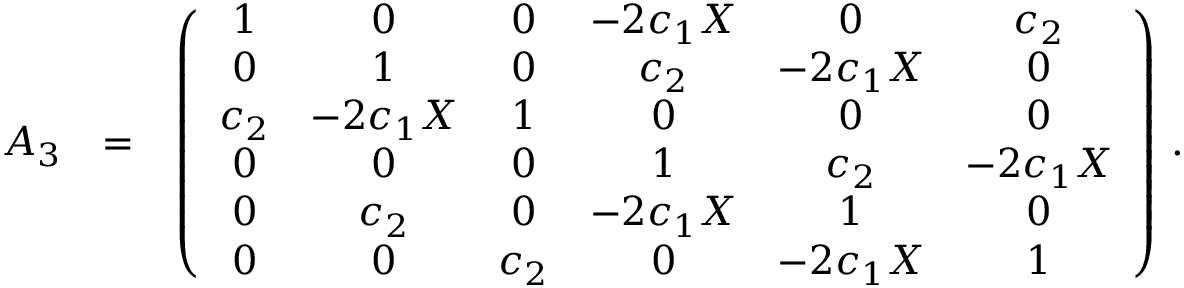
\begin{array} { r l r } { { \cal A } _ { 3 } } & { = } & { \left( \begin{array} { c c c c c c } { 1 } & { 0 } & { 0 } & { - 2 c _ { 1 } X } & { 0 } & { c _ { 2 } } \\ { 0 } & { 1 } & { 0 } & { c _ { 2 } } & { - 2 c _ { 1 } X } & { 0 } \\ { c _ { 2 } } & { - 2 c _ { 1 } X } & { 1 } & { 0 } & { 0 } & { 0 } \\ { 0 } & { 0 } & { 0 } & { 1 } & { c _ { 2 } } & { - 2 c _ { 1 } X } \\ { 0 } & { c _ { 2 } } & { 0 } & { - 2 c _ { 1 } X } & { 1 } & { 0 } \\ { 0 } & { 0 } & { c _ { 2 } } & { 0 } & { - 2 c _ { 1 } X } & { 1 } \end{array} \right) \, . } \end{array}